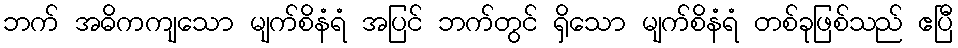
ဘက် အဓိကကျသော မျက်စိနံရံ အပြင် ဘက်တွင် ရှိသော မျက်စိနံရံ တစ်ခုဖြစ်သည် ဧပြီ